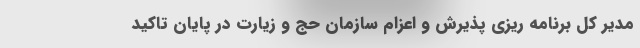
مدیر کل برنامه ریزی پذیرش و اعزام سازمان حج و زیارت در پایان تاکید